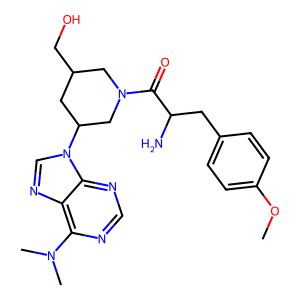
SMILES: COc1ccc(CC(N)C(=O)N2CC(CO)CC(n3cnc4c(N(C)C)ncnc43)C2)cc1
Inhibits HIV replication: No